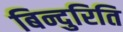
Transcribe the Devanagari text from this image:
बिन्दुरिति